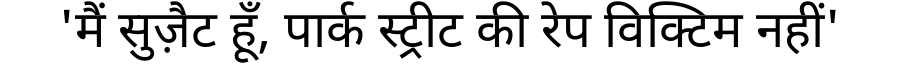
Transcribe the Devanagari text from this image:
'मैं सुज़ैट हूँ, पार्क स्ट्रीट की रेप विक्टिम नहीं'